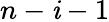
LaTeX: n-\mathit{i}-1